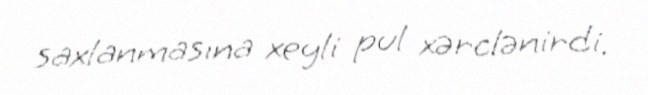
saxlanmasına xeyli pul xərclənirdi.